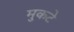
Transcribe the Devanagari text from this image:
मुकटे